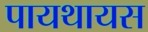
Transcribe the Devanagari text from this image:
पायथायस